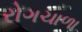
રોગચાળા